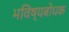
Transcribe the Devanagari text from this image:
भविष्यबोधक